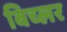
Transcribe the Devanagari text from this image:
बिच्लर